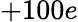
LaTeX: +100e